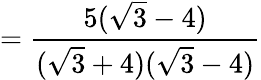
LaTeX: ={\frac{5({\sqrt{3}}-4)}{({\sqrt{3}}+4)({\sqrt{3}}-4)}}